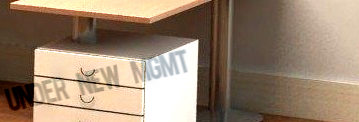
Under New Mgmt